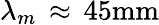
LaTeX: \lambda_{m}\, \approx\, 45\mathrm{{mm}}